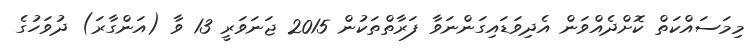
މިމަސައްކަތް ކޮށްދެއްވަން އެދިވަޑައިގަންނަވާ ފަރާތްތަކުން 2015 ޖަނަވަރީ 13 ވާ (އަންގާރަ) ދުވަހުގެ